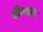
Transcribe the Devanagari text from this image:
पांडिक्कुष़ि